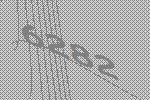
6282